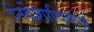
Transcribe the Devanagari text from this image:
निर्देशाधिकार